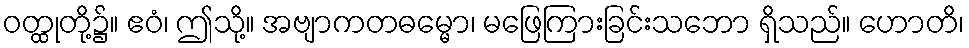
ဝတ္ထုတို့၌။ ဧဝံ၊ ဤသို့။ အဗျာကတဓမ္မော၊ မဖြေကြားခြင်းသဘော ရှိသည်။ ဟောတိ၊